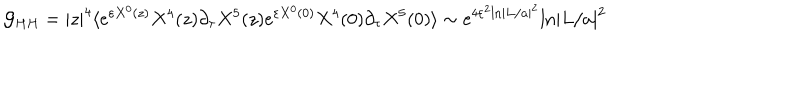
{ \cal G } _ { H H } = | z | ^ { 4 } \langle e ^ { \varepsilon X ^ { 0 } ( z ) } X ^ { 4 } ( z ) \partial _ { \tau } X ^ { 5 } ( z ) e ^ { \varepsilon X ^ { 0 } ( 0 ) } X ^ { 4 } ( 0 ) \partial _ { \tau } X ^ { 5 } ( 0 ) \rangle \sim e ^ { 4 \varepsilon ^ { 2 } \mathrm { l n } | L / a | ^ { 2 } } \mathrm { l n } | L / a | ^ { 2 }